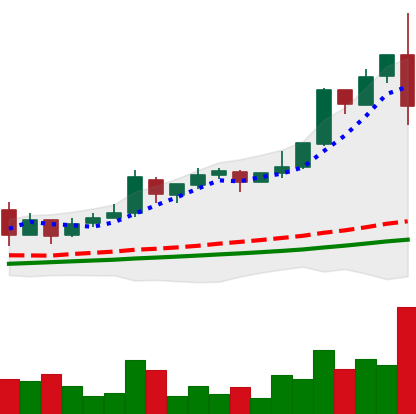
Ticker: LTC-USD
Chart end date: 2017-11-29
Forward return: 21.812%
Label: up_7plus